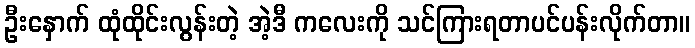
ဦးနှောက် ထုံထိုင်းလွန်းတဲ့ အဲ့ဒီ ကလေးကို သင်ကြားရတာပင်ပန်းလိုက်တာ။